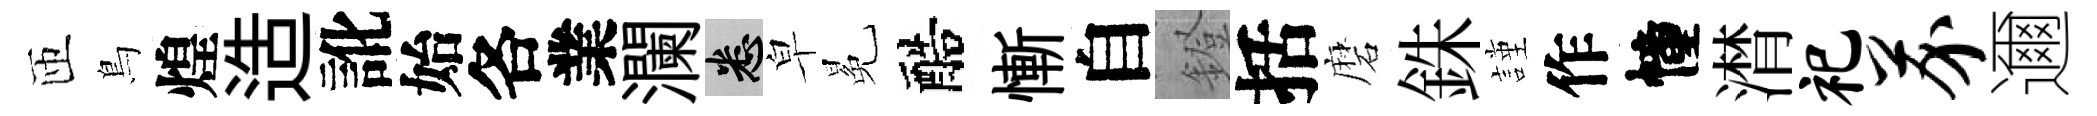
匝鳥煌造訛始各業瀾悉皁冕醅慚自鐙括磨銖謹作幢潸祀芥邇